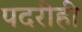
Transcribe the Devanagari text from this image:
पदरीही